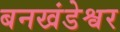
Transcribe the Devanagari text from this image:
बनखंडेश्वर